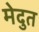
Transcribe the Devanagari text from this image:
मेदुत